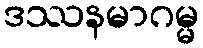
ဒဿနမာဂမ္မ